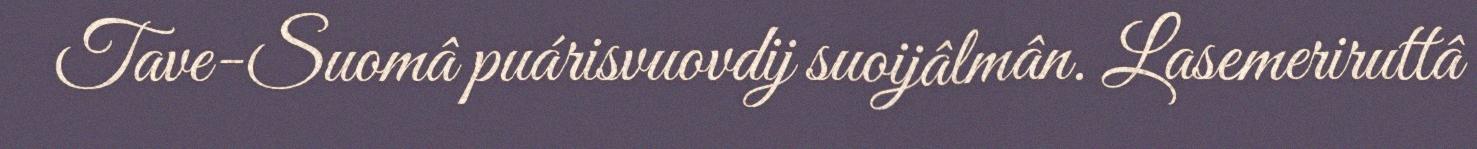
Tave-Suomâ puárisvuovdij suoijâlmân. Lasemeriruttâ